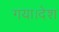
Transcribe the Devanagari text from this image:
गया।देश